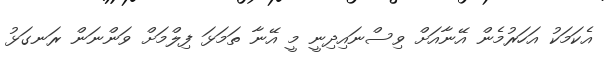
އެކަމަކު އަހަރުމެން އޭނާއަށް ވިސްނައިދިނީ މީ އޭނާ ތަމަޅަ ފިލްމަށް ވަންނަން ރަނގަޅު